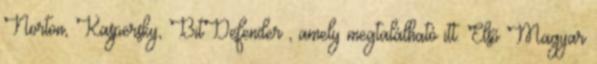
Norton, Kaspersky, BitDefender , amely megtalálható itt. Első Magyar